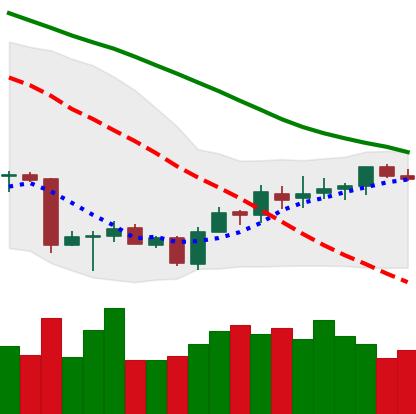
Ticker: BTC-USD
Chart end date: 2018-07-09
Forward return: -6.907%
Label: down_5_7